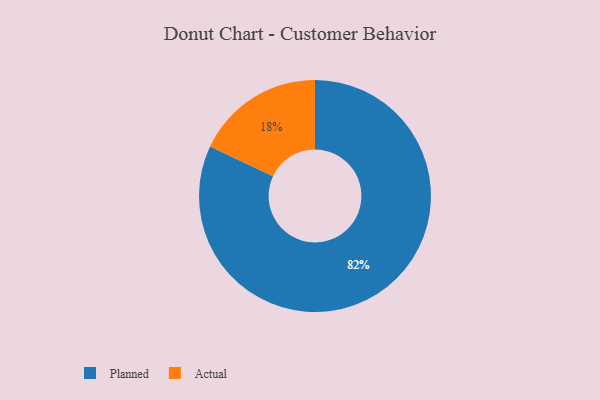
{"axis": {"x": "Category", "y": "Percentage"}, "legend": ["Actual", "Planned"], "data": [{"x": "Planned", "y": 82, "type": "Planned"}, {"x": "Actual", "y": 18, "type": "Actual"}]}